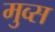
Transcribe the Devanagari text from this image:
मुव्स